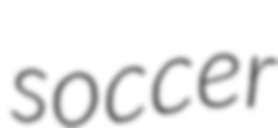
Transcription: soccer